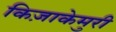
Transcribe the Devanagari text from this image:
किज़ाकेमुरी